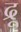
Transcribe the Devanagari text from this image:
द्रू